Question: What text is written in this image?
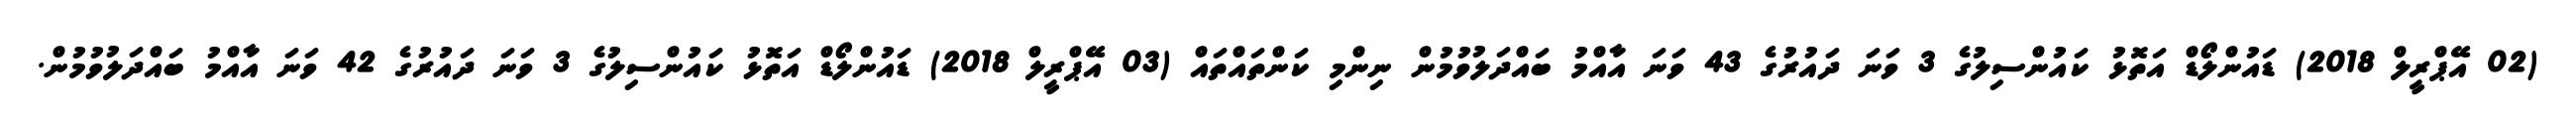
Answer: (02 އޭޕްރީލް 2018) ޑައުންލޯޑް އަތޮޅު ކައުންސިލުގެ 3 ވަނަ ދައުރުގެ 43 ވަނަ އާއްމު ބައްދަލުވުމުން ނިންމި ކަންތައްތައް (03 އޭޕްރީލް 2018) ޑައުންލޯޑް އަތޮޅު ކައުންސިލުގެ 3 ވަނަ ދައުރުގެ 42 ވަނަ އާއްމު ބައްދަލުވުމުން.